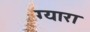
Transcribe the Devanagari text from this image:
ग्यारा